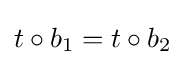
t\circ b_{1}=t\circ b_{2}